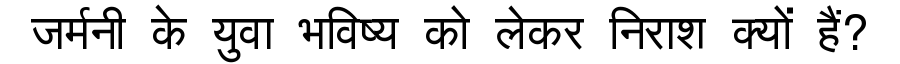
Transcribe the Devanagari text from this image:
जर्मनी के युवा भविष्य को लेकर निराश क्यों हैं?